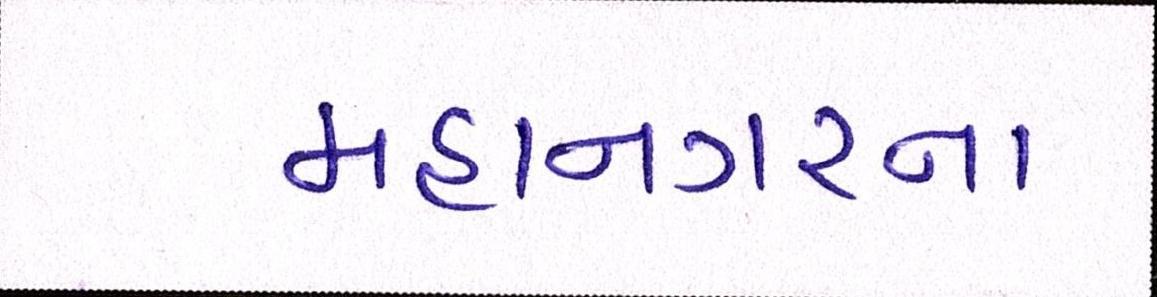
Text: મહાનગરના